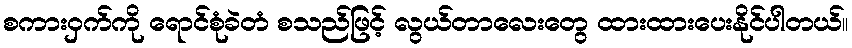
စကားဝှက်ကို ရောင်စုံခဲတံ စသည်ဖြင့် လွယ်တာလေးတွေ ထားထားပေးနိုင်ပါတယ်။